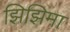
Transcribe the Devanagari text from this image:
झिझिमा